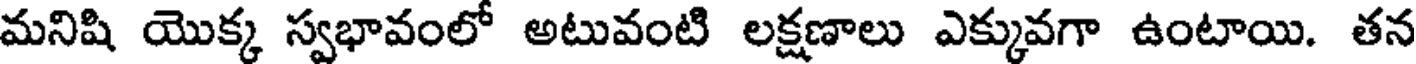
మనిషి యొక్క స్వభావంలో అటువంటి లక్షణాలు ఎక్కువగా ఉంటాయి. తన